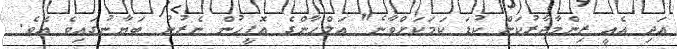
އަދި އެއީ ޒިންމާދާރުކަން ކުޑަ ކަމަކަށްވާނެ" އަލްހާންގެ އޮފީހުން ނެރުނު ބަޔާނުގައިވެ އެވެ.